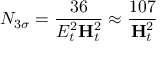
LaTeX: N _ { 3 \sigma } = { \frac { 3 6 } { { \cal E } _ { t } ^ { 2 } { \bf H } _ { t } ^ { 2 } } } \approx { \frac { 1 0 7 } { { \bf H } _ { t } ^ { 2 } } }